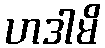
ဟဒါမိ